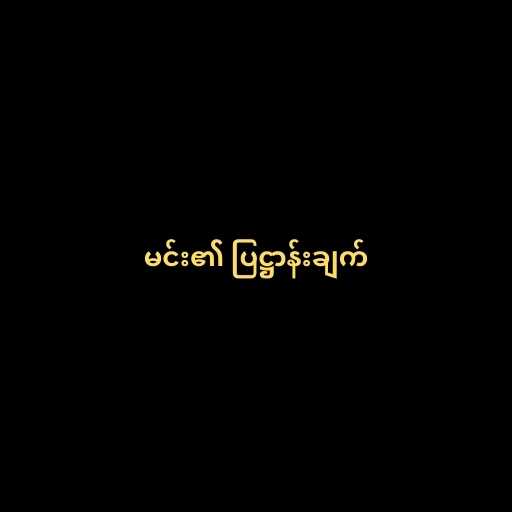
မင်း၏ ပြဋ္ဌာန်းချက်